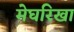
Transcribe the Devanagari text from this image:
मेघरिखा